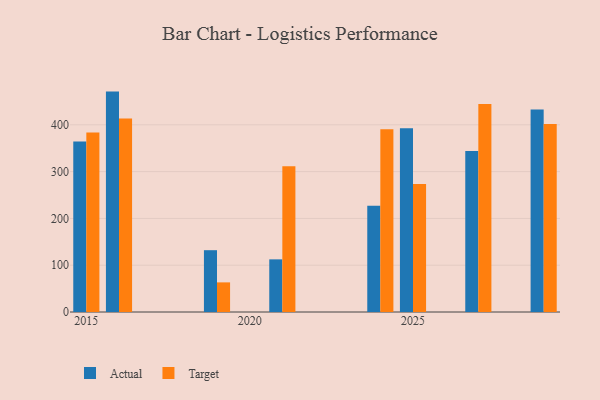
{"axis": {"x": "Year", "y": "Website Visitors"}, "legend": ["Actual", "Target"], "data": [{"x": "2024", "y": 227.3, "type": "Actual"}, {"x": "2024", "y": 390.7, "type": "Target"}, {"x": "2021", "y": 112.5, "type": "Actual"}, {"x": "2021", "y": 311.7, "type": "Target"}, {"x": "2019", "y": 132.1, "type": "Actual"}, {"x": "2019", "y": 63.3, "type": "Target"}, {"x": "2016", "y": 471.0, "type": "Actual"}, {"x": "2016", "y": 413.6, "type": "Target"}, {"x": "2029", "y": 432.5, "type": "Actual"}, {"x": "2029", "y": 402.0, "type": "Target"}, {"x": "2015", "y": 364.4, "type": "Actual"}, {"x": "2015", "y": 383.5, "type": "Target"}, {"x": "2027", "y": 344.0, "type": "Actual"}, {"x": "2027", "y": 444.6, "type": "Target"}, {"x": "2025", "y": 392.8, "type": "Actual"}, {"x": "2025", "y": 273.3, "type": "Target"}]}